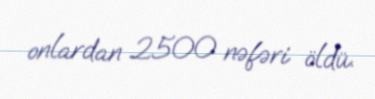
onlardan 2500 nəfəri öldü.